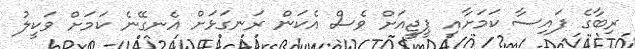
ރިބާގެ ފައިސާ ކަމަށާއި ޕީޖީއަށް ވެސް އެކަން ރަނގަޅަށް އެނގޭނެ ކަމަށް ވަކީލު